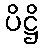
ပိဋ္ဌိ